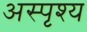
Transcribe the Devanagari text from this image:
अस्पृश्‍य